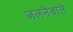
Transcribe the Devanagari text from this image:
जलनेवाले